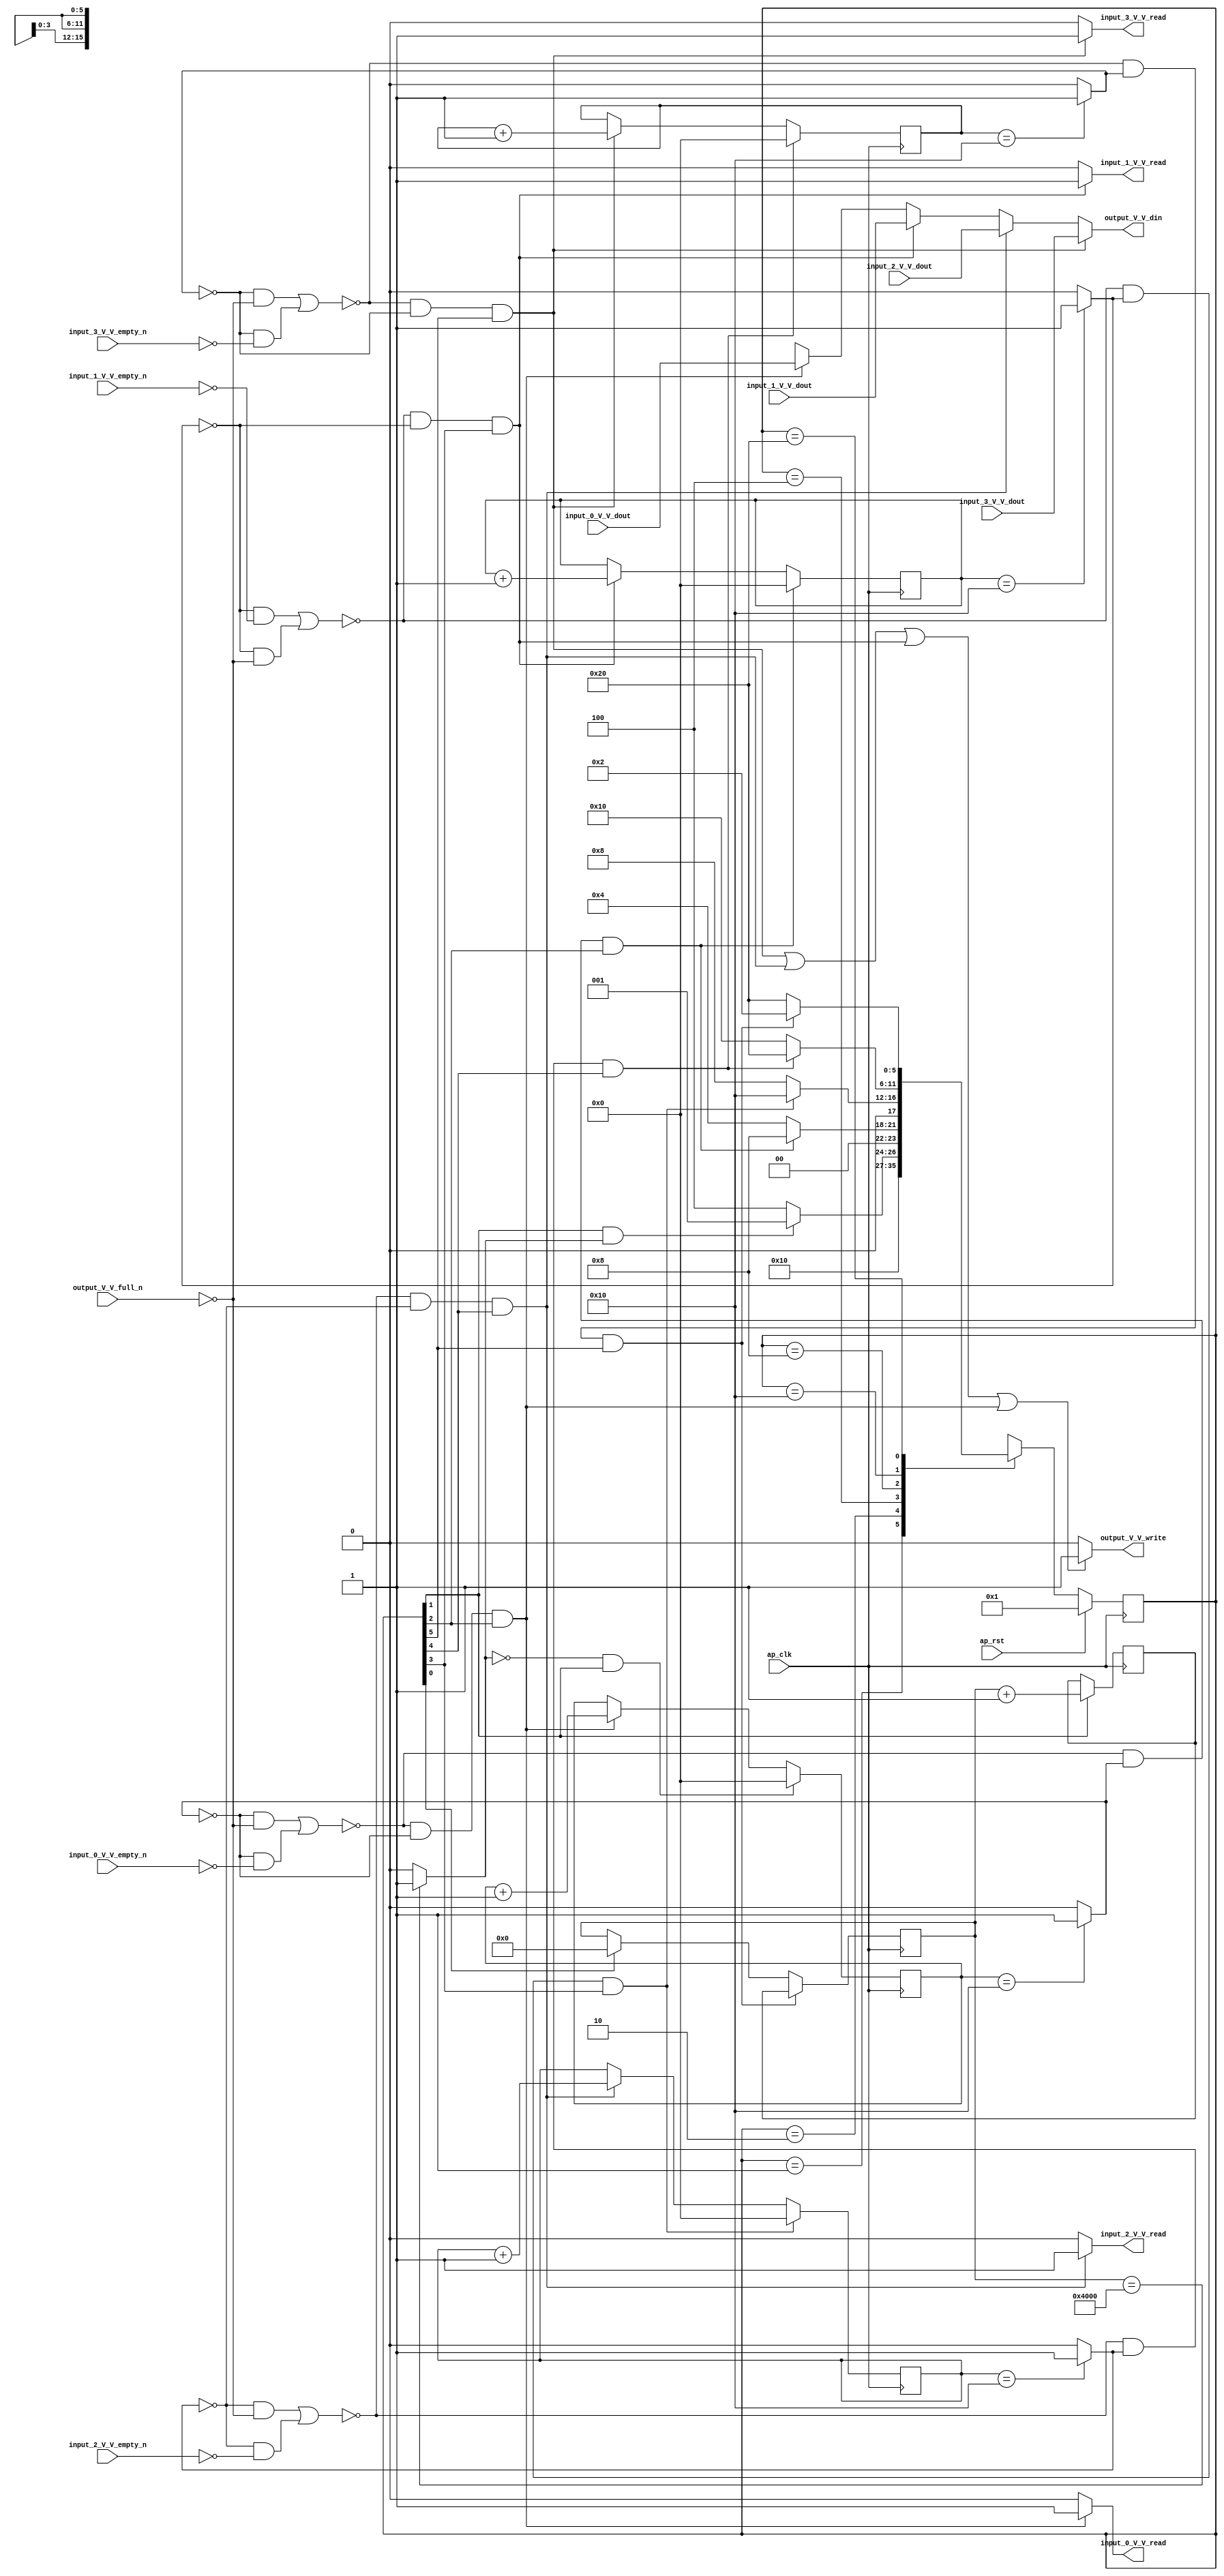
// ==============================================================
// RTL generated by Vivado(TM) HLS - High-Level Synthesis from C, C++ and SystemC
// Version: 2017.4
// Copyright (C) 1986-2017 Xilinx, Inc. All Rights Reserved.
// 
// ===========================================================

`timescale 1 ns / 1 ps 

(* CORE_GENERATION_INFO="concat_0,hls_ip_2017_4,{HLS_INPUT_TYPE=cxx,HLS_INPUT_FLOAT=0,HLS_INPUT_FIXED=1,HLS_INPUT_PART=xczu9eg-ffvb1156-2-e,HLS_INPUT_CLOCK=10.000000,HLS_INPUT_ARCH=others,HLS_SYN_CLOCK=3.676000,HLS_SYN_LAT=1130497,HLS_SYN_TPT=none,HLS_SYN_MEM=0,HLS_SYN_DSP=0,HLS_SYN_FF=56,HLS_SYN_LUT=330}" *)

module concat_0 (
        ap_clk,
        ap_rst,
        input_0_V_V_dout,
        input_0_V_V_empty_n,
        input_0_V_V_read,
        input_1_V_V_dout,
        input_1_V_V_empty_n,
        input_1_V_V_read,
        input_2_V_V_dout,
        input_2_V_V_empty_n,
        input_2_V_V_read,
        input_3_V_V_dout,
        input_3_V_V_empty_n,
        input_3_V_V_read,
        output_V_V_din,
        output_V_V_full_n,
        output_V_V_write
);

parameter    ap_ST_fsm_state1 = 6'd1;
parameter    ap_ST_fsm_state2 = 6'd2;
parameter    ap_ST_fsm_state3 = 6'd4;
parameter    ap_ST_fsm_state4 = 6'd8;
parameter    ap_ST_fsm_state5 = 6'd16;
parameter    ap_ST_fsm_state6 = 6'd32;

input   ap_clk;
input   ap_rst;
input  [15:0] input_0_V_V_dout;
input   input_0_V_V_empty_n;
output   input_0_V_V_read;
input  [15:0] input_1_V_V_dout;
input   input_1_V_V_empty_n;
output   input_1_V_V_read;
input  [15:0] input_2_V_V_dout;
input   input_2_V_V_empty_n;
output   input_2_V_V_read;
input  [15:0] input_3_V_V_dout;
input   input_3_V_V_empty_n;
output   input_3_V_V_read;
output  [15:0] output_V_V_din;
input   output_V_V_full_n;
output   output_V_V_write;

reg input_0_V_V_read;
reg input_1_V_V_read;
reg input_2_V_V_read;
reg input_3_V_V_read;
reg[15:0] output_V_V_din;
reg output_V_V_write;

reg    input_0_V_V_blk_n;
(* fsm_encoding = "none" *) reg   [5:0] ap_CS_fsm;
wire    ap_CS_fsm_state3;
wire   [0:0] exitcond2_fu_214_p2;
reg    input_1_V_V_blk_n;
wire    ap_CS_fsm_state4;
wire   [0:0] exitcond3_fu_226_p2;
reg    input_2_V_V_blk_n;
wire    ap_CS_fsm_state5;
wire   [0:0] exitcond4_fu_238_p2;
reg    input_3_V_V_blk_n;
wire    ap_CS_fsm_state6;
wire   [0:0] exitcond_fu_250_p2;
reg    output_V_V_blk_n;
wire   [14:0] j_1_fu_208_p2;
reg   [14:0] j_1_reg_265;
wire    ap_CS_fsm_state2;
wire   [4:0] i_4_fu_220_p2;
reg    ap_block_state3;
wire   [4:0] i_5_fu_232_p2;
reg    ap_block_state4;
wire   [4:0] i_6_fu_244_p2;
reg    ap_block_state5;
wire   [4:0] i_7_fu_256_p2;
reg    ap_block_state6;
reg   [14:0] j_reg_147;
wire    ap_CS_fsm_state1;
reg   [4:0] i_reg_158;
wire   [0:0] exitcond1_fu_202_p2;
reg   [4:0] i_1_reg_169;
reg   [4:0] i_2_reg_180;
reg   [4:0] i_3_reg_191;
reg   [5:0] ap_NS_fsm;

// power-on initialization
initial begin
#0 ap_CS_fsm = 6'd1;
end

always @ (posedge ap_clk) begin
    if (ap_rst == 1'b1) begin
        ap_CS_fsm <= ap_ST_fsm_state1;
    end else begin
        ap_CS_fsm <= ap_NS_fsm;
    end
end

always @ (posedge ap_clk) begin
    if ((~(((exitcond2_fu_214_p2 == 1'd0) & (output_V_V_full_n == 1'b0)) | ((exitcond2_fu_214_p2 == 1'd0) & (input_0_V_V_empty_n == 1'b0))) & (exitcond2_fu_214_p2 == 1'd1) & (1'b1 == ap_CS_fsm_state3))) begin
        i_1_reg_169 <= 5'd0;
    end else if ((~(((exitcond3_fu_226_p2 == 1'd0) & (input_1_V_V_empty_n == 1'b0)) | ((exitcond3_fu_226_p2 == 1'd0) & (output_V_V_full_n == 1'b0))) & (exitcond3_fu_226_p2 == 1'd0) & (1'b1 == ap_CS_fsm_state4))) begin
        i_1_reg_169 <= i_5_fu_232_p2;
    end
end

always @ (posedge ap_clk) begin
    if ((~(((exitcond3_fu_226_p2 == 1'd0) & (input_1_V_V_empty_n == 1'b0)) | ((exitcond3_fu_226_p2 == 1'd0) & (output_V_V_full_n == 1'b0))) & (exitcond3_fu_226_p2 == 1'd1) & (1'b1 == ap_CS_fsm_state4))) begin
        i_2_reg_180 <= 5'd0;
    end else if ((~(((exitcond4_fu_238_p2 == 1'd0) & (output_V_V_full_n == 1'b0)) | ((exitcond4_fu_238_p2 == 1'd0) & (input_2_V_V_empty_n == 1'b0))) & (exitcond4_fu_238_p2 == 1'd0) & (1'b1 == ap_CS_fsm_state5))) begin
        i_2_reg_180 <= i_6_fu_244_p2;
    end
end

always @ (posedge ap_clk) begin
    if ((~(((exitcond4_fu_238_p2 == 1'd0) & (output_V_V_full_n == 1'b0)) | ((exitcond4_fu_238_p2 == 1'd0) & (input_2_V_V_empty_n == 1'b0))) & (exitcond4_fu_238_p2 == 1'd1) & (1'b1 == ap_CS_fsm_state5))) begin
        i_3_reg_191 <= 5'd0;
    end else if ((~(((exitcond_fu_250_p2 == 1'd0) & (output_V_V_full_n == 1'b0)) | ((exitcond_fu_250_p2 == 1'd0) & (input_3_V_V_empty_n == 1'b0))) & (exitcond_fu_250_p2 == 1'd0) & (1'b1 == ap_CS_fsm_state6))) begin
        i_3_reg_191 <= i_7_fu_256_p2;
    end
end

always @ (posedge ap_clk) begin
    if (((exitcond1_fu_202_p2 == 1'd0) & (1'b1 == ap_CS_fsm_state2))) begin
        i_reg_158 <= 5'd0;
    end else if ((~(((exitcond2_fu_214_p2 == 1'd0) & (output_V_V_full_n == 1'b0)) | ((exitcond2_fu_214_p2 == 1'd0) & (input_0_V_V_empty_n == 1'b0))) & (exitcond2_fu_214_p2 == 1'd0) & (1'b1 == ap_CS_fsm_state3))) begin
        i_reg_158 <= i_4_fu_220_p2;
    end
end

always @ (posedge ap_clk) begin
    if ((~(((exitcond_fu_250_p2 == 1'd0) & (output_V_V_full_n == 1'b0)) | ((exitcond_fu_250_p2 == 1'd0) & (input_3_V_V_empty_n == 1'b0))) & (exitcond_fu_250_p2 == 1'd1) & (1'b1 == ap_CS_fsm_state6))) begin
        j_reg_147 <= j_1_reg_265;
    end else if ((1'b1 == ap_CS_fsm_state1)) begin
        j_reg_147 <= 15'd0;
    end
end

always @ (posedge ap_clk) begin
    if ((1'b1 == ap_CS_fsm_state2)) begin
        j_1_reg_265 <= j_1_fu_208_p2;
    end
end

always @ (*) begin
    if (((exitcond2_fu_214_p2 == 1'd0) & (1'b1 == ap_CS_fsm_state3))) begin
        input_0_V_V_blk_n = input_0_V_V_empty_n;
    end else begin
        input_0_V_V_blk_n = 1'b1;
    end
end

always @ (*) begin
    if ((~(((exitcond2_fu_214_p2 == 1'd0) & (output_V_V_full_n == 1'b0)) | ((exitcond2_fu_214_p2 == 1'd0) & (input_0_V_V_empty_n == 1'b0))) & (exitcond2_fu_214_p2 == 1'd0) & (1'b1 == ap_CS_fsm_state3))) begin
        input_0_V_V_read = 1'b1;
    end else begin
        input_0_V_V_read = 1'b0;
    end
end

always @ (*) begin
    if (((exitcond3_fu_226_p2 == 1'd0) & (1'b1 == ap_CS_fsm_state4))) begin
        input_1_V_V_blk_n = input_1_V_V_empty_n;
    end else begin
        input_1_V_V_blk_n = 1'b1;
    end
end

always @ (*) begin
    if ((~(((exitcond3_fu_226_p2 == 1'd0) & (input_1_V_V_empty_n == 1'b0)) | ((exitcond3_fu_226_p2 == 1'd0) & (output_V_V_full_n == 1'b0))) & (exitcond3_fu_226_p2 == 1'd0) & (1'b1 == ap_CS_fsm_state4))) begin
        input_1_V_V_read = 1'b1;
    end else begin
        input_1_V_V_read = 1'b0;
    end
end

always @ (*) begin
    if (((exitcond4_fu_238_p2 == 1'd0) & (1'b1 == ap_CS_fsm_state5))) begin
        input_2_V_V_blk_n = input_2_V_V_empty_n;
    end else begin
        input_2_V_V_blk_n = 1'b1;
    end
end

always @ (*) begin
    if ((~(((exitcond4_fu_238_p2 == 1'd0) & (output_V_V_full_n == 1'b0)) | ((exitcond4_fu_238_p2 == 1'd0) & (input_2_V_V_empty_n == 1'b0))) & (exitcond4_fu_238_p2 == 1'd0) & (1'b1 == ap_CS_fsm_state5))) begin
        input_2_V_V_read = 1'b1;
    end else begin
        input_2_V_V_read = 1'b0;
    end
end

always @ (*) begin
    if (((exitcond_fu_250_p2 == 1'd0) & (1'b1 == ap_CS_fsm_state6))) begin
        input_3_V_V_blk_n = input_3_V_V_empty_n;
    end else begin
        input_3_V_V_blk_n = 1'b1;
    end
end

always @ (*) begin
    if ((~(((exitcond_fu_250_p2 == 1'd0) & (output_V_V_full_n == 1'b0)) | ((exitcond_fu_250_p2 == 1'd0) & (input_3_V_V_empty_n == 1'b0))) & (exitcond_fu_250_p2 == 1'd0) & (1'b1 == ap_CS_fsm_state6))) begin
        input_3_V_V_read = 1'b1;
    end else begin
        input_3_V_V_read = 1'b0;
    end
end

always @ (*) begin
    if ((((exitcond_fu_250_p2 == 1'd0) & (1'b1 == ap_CS_fsm_state6)) | ((exitcond4_fu_238_p2 == 1'd0) & (1'b1 == ap_CS_fsm_state5)) | ((exitcond3_fu_226_p2 == 1'd0) & (1'b1 == ap_CS_fsm_state4)) | ((exitcond2_fu_214_p2 == 1'd0) & (1'b1 == ap_CS_fsm_state3)))) begin
        output_V_V_blk_n = output_V_V_full_n;
    end else begin
        output_V_V_blk_n = 1'b1;
    end
end

always @ (*) begin
    if ((~(((exitcond_fu_250_p2 == 1'd0) & (output_V_V_full_n == 1'b0)) | ((exitcond_fu_250_p2 == 1'd0) & (input_3_V_V_empty_n == 1'b0))) & (exitcond_fu_250_p2 == 1'd0) & (1'b1 == ap_CS_fsm_state6))) begin
        output_V_V_din = input_3_V_V_dout;
    end else if ((~(((exitcond4_fu_238_p2 == 1'd0) & (output_V_V_full_n == 1'b0)) | ((exitcond4_fu_238_p2 == 1'd0) & (input_2_V_V_empty_n == 1'b0))) & (exitcond4_fu_238_p2 == 1'd0) & (1'b1 == ap_CS_fsm_state5))) begin
        output_V_V_din = input_2_V_V_dout;
    end else if ((~(((exitcond3_fu_226_p2 == 1'd0) & (input_1_V_V_empty_n == 1'b0)) | ((exitcond3_fu_226_p2 == 1'd0) & (output_V_V_full_n == 1'b0))) & (exitcond3_fu_226_p2 == 1'd0) & (1'b1 == ap_CS_fsm_state4))) begin
        output_V_V_din = input_1_V_V_dout;
    end else if ((~(((exitcond2_fu_214_p2 == 1'd0) & (output_V_V_full_n == 1'b0)) | ((exitcond2_fu_214_p2 == 1'd0) & (input_0_V_V_empty_n == 1'b0))) & (exitcond2_fu_214_p2 == 1'd0) & (1'b1 == ap_CS_fsm_state3))) begin
        output_V_V_din = input_0_V_V_dout;
    end else begin
        output_V_V_din = 'bx;
    end
end

always @ (*) begin
    if (((~(((exitcond_fu_250_p2 == 1'd0) & (output_V_V_full_n == 1'b0)) | ((exitcond_fu_250_p2 == 1'd0) & (input_3_V_V_empty_n == 1'b0))) & (exitcond_fu_250_p2 == 1'd0) & (1'b1 == ap_CS_fsm_state6)) | (~(((exitcond4_fu_238_p2 == 1'd0) & (output_V_V_full_n == 1'b0)) | ((exitcond4_fu_238_p2 == 1'd0) & (input_2_V_V_empty_n == 1'b0))) & (exitcond4_fu_238_p2 == 1'd0) & (1'b1 == ap_CS_fsm_state5)) | (~(((exitcond3_fu_226_p2 == 1'd0) & (input_1_V_V_empty_n == 1'b0)) | ((exitcond3_fu_226_p2 == 1'd0) & (output_V_V_full_n == 1'b0))) & (exitcond3_fu_226_p2 == 1'd0) & (1'b1 == ap_CS_fsm_state4)) | (~(((exitcond2_fu_214_p2 == 1'd0) & (output_V_V_full_n == 1'b0)) | ((exitcond2_fu_214_p2 == 1'd0) & (input_0_V_V_empty_n == 1'b0))) & (exitcond2_fu_214_p2 == 1'd0) & (1'b1 == ap_CS_fsm_state3)))) begin
        output_V_V_write = 1'b1;
    end else begin
        output_V_V_write = 1'b0;
    end
end

always @ (*) begin
    case (ap_CS_fsm)
        ap_ST_fsm_state1 : begin
            ap_NS_fsm = ap_ST_fsm_state2;
        end
        ap_ST_fsm_state2 : begin
            if (((1'b1 == ap_CS_fsm_state2) & (exitcond1_fu_202_p2 == 1'd1))) begin
                ap_NS_fsm = ap_ST_fsm_state1;
            end else begin
                ap_NS_fsm = ap_ST_fsm_state3;
            end
        end
        ap_ST_fsm_state3 : begin
            if ((~(((exitcond2_fu_214_p2 == 1'd0) & (output_V_V_full_n == 1'b0)) | ((exitcond2_fu_214_p2 == 1'd0) & (input_0_V_V_empty_n == 1'b0))) & (exitcond2_fu_214_p2 == 1'd1) & (1'b1 == ap_CS_fsm_state3))) begin
                ap_NS_fsm = ap_ST_fsm_state4;
            end else if ((~(((exitcond2_fu_214_p2 == 1'd0) & (output_V_V_full_n == 1'b0)) | ((exitcond2_fu_214_p2 == 1'd0) & (input_0_V_V_empty_n == 1'b0))) & (exitcond2_fu_214_p2 == 1'd0) & (1'b1 == ap_CS_fsm_state3))) begin
                ap_NS_fsm = ap_ST_fsm_state3;
            end else begin
                ap_NS_fsm = ap_ST_fsm_state3;
            end
        end
        ap_ST_fsm_state4 : begin
            if ((~(((exitcond3_fu_226_p2 == 1'd0) & (input_1_V_V_empty_n == 1'b0)) | ((exitcond3_fu_226_p2 == 1'd0) & (output_V_V_full_n == 1'b0))) & (exitcond3_fu_226_p2 == 1'd1) & (1'b1 == ap_CS_fsm_state4))) begin
                ap_NS_fsm = ap_ST_fsm_state5;
            end else if ((~(((exitcond3_fu_226_p2 == 1'd0) & (input_1_V_V_empty_n == 1'b0)) | ((exitcond3_fu_226_p2 == 1'd0) & (output_V_V_full_n == 1'b0))) & (exitcond3_fu_226_p2 == 1'd0) & (1'b1 == ap_CS_fsm_state4))) begin
                ap_NS_fsm = ap_ST_fsm_state4;
            end else begin
                ap_NS_fsm = ap_ST_fsm_state4;
            end
        end
        ap_ST_fsm_state5 : begin
            if ((~(((exitcond4_fu_238_p2 == 1'd0) & (output_V_V_full_n == 1'b0)) | ((exitcond4_fu_238_p2 == 1'd0) & (input_2_V_V_empty_n == 1'b0))) & (exitcond4_fu_238_p2 == 1'd1) & (1'b1 == ap_CS_fsm_state5))) begin
                ap_NS_fsm = ap_ST_fsm_state6;
            end else if ((~(((exitcond4_fu_238_p2 == 1'd0) & (output_V_V_full_n == 1'b0)) | ((exitcond4_fu_238_p2 == 1'd0) & (input_2_V_V_empty_n == 1'b0))) & (exitcond4_fu_238_p2 == 1'd0) & (1'b1 == ap_CS_fsm_state5))) begin
                ap_NS_fsm = ap_ST_fsm_state5;
            end else begin
                ap_NS_fsm = ap_ST_fsm_state5;
            end
        end
        ap_ST_fsm_state6 : begin
            if ((~(((exitcond_fu_250_p2 == 1'd0) & (output_V_V_full_n == 1'b0)) | ((exitcond_fu_250_p2 == 1'd0) & (input_3_V_V_empty_n == 1'b0))) & (exitcond_fu_250_p2 == 1'd1) & (1'b1 == ap_CS_fsm_state6))) begin
                ap_NS_fsm = ap_ST_fsm_state2;
            end else if ((~(((exitcond_fu_250_p2 == 1'd0) & (output_V_V_full_n == 1'b0)) | ((exitcond_fu_250_p2 == 1'd0) & (input_3_V_V_empty_n == 1'b0))) & (exitcond_fu_250_p2 == 1'd0) & (1'b1 == ap_CS_fsm_state6))) begin
                ap_NS_fsm = ap_ST_fsm_state6;
            end else begin
                ap_NS_fsm = ap_ST_fsm_state6;
            end
        end
        default : begin
            ap_NS_fsm = 'bx;
        end
    endcase
end

assign ap_CS_fsm_state1 = ap_CS_fsm[32'd0];

assign ap_CS_fsm_state2 = ap_CS_fsm[32'd1];

assign ap_CS_fsm_state3 = ap_CS_fsm[32'd2];

assign ap_CS_fsm_state4 = ap_CS_fsm[32'd3];

assign ap_CS_fsm_state5 = ap_CS_fsm[32'd4];

assign ap_CS_fsm_state6 = ap_CS_fsm[32'd5];

always @ (*) begin
    ap_block_state3 = (((exitcond2_fu_214_p2 == 1'd0) & (output_V_V_full_n == 1'b0)) | ((exitcond2_fu_214_p2 == 1'd0) & (input_0_V_V_empty_n == 1'b0)));
end

always @ (*) begin
    ap_block_state4 = (((exitcond3_fu_226_p2 == 1'd0) & (input_1_V_V_empty_n == 1'b0)) | ((exitcond3_fu_226_p2 == 1'd0) & (output_V_V_full_n == 1'b0)));
end

always @ (*) begin
    ap_block_state5 = (((exitcond4_fu_238_p2 == 1'd0) & (output_V_V_full_n == 1'b0)) | ((exitcond4_fu_238_p2 == 1'd0) & (input_2_V_V_empty_n == 1'b0)));
end

always @ (*) begin
    ap_block_state6 = (((exitcond_fu_250_p2 == 1'd0) & (output_V_V_full_n == 1'b0)) | ((exitcond_fu_250_p2 == 1'd0) & (input_3_V_V_empty_n == 1'b0)));
end

assign exitcond1_fu_202_p2 = ((j_reg_147 == 15'd16384) ? 1'b1 : 1'b0);

assign exitcond2_fu_214_p2 = ((i_reg_158 == 5'd16) ? 1'b1 : 1'b0);

assign exitcond3_fu_226_p2 = ((i_1_reg_169 == 5'd16) ? 1'b1 : 1'b0);

assign exitcond4_fu_238_p2 = ((i_2_reg_180 == 5'd16) ? 1'b1 : 1'b0);

assign exitcond_fu_250_p2 = ((i_3_reg_191 == 5'd16) ? 1'b1 : 1'b0);

assign i_4_fu_220_p2 = (i_reg_158 + 5'd1);

assign i_5_fu_232_p2 = (i_1_reg_169 + 5'd1);

assign i_6_fu_244_p2 = (i_2_reg_180 + 5'd1);

assign i_7_fu_256_p2 = (i_3_reg_191 + 5'd1);

assign j_1_fu_208_p2 = (j_reg_147 + 15'd1);

endmodule //concat_0